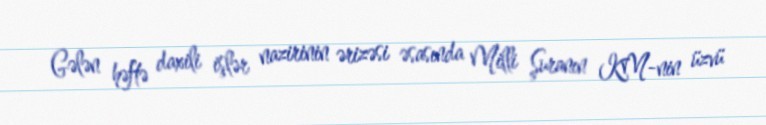
Gələn həftə daxili işlər nazirinin ərizəsi əsasında Milli Şuranın KM-nin üzvü